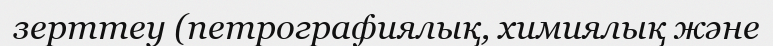
зерттеу (петрографиялық, химиялық және